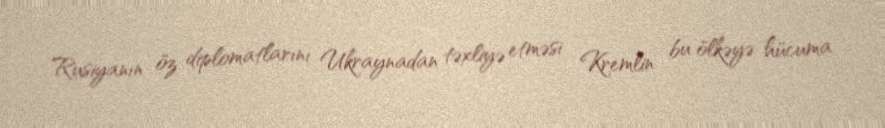
Rusiyanın öz diplomatlarını Ukraynadan təxliyə etməsi Kremlin bu ölkəyə hücuma